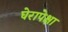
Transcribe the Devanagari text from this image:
घेरापेक्षा